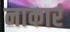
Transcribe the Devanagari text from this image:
नाकारं